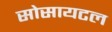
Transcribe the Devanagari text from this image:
सोसायटल